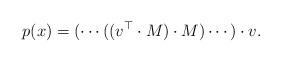
LaTeX: \begin{align*} p(x) = (\cdots((v_{}^\top\cdot M)\cdot M)\cdots)\cdot v_{}. \end{align*}